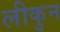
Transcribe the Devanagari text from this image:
लीकुन